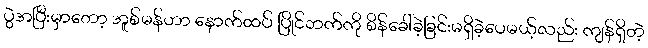
ပွဲအပြီးမှာတော့ အူစ်မန်ဟာ နောက်ထပ် ပြိုင်ဘက်ကို စိန်ခေါ်ခဲ့ခြင်းမရှိခဲ့ပေမယ့်လည်း ကျန်ရှိတဲ့